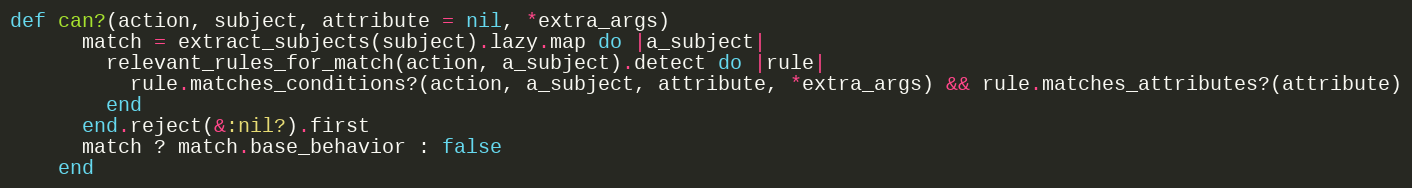
Language: Ruby
def can?(action, subject, attribute = nil, *extra_args)
      match = extract_subjects(subject).lazy.map do |a_subject|
        relevant_rules_for_match(action, a_subject).detect do |rule|
          rule.matches_conditions?(action, a_subject, attribute, *extra_args) && rule.matches_attributes?(attribute)
        end
      end.reject(&:nil?).first
      match ? match.base_behavior : false
    end